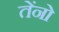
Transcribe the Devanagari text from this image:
तेंनो